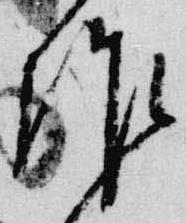
作